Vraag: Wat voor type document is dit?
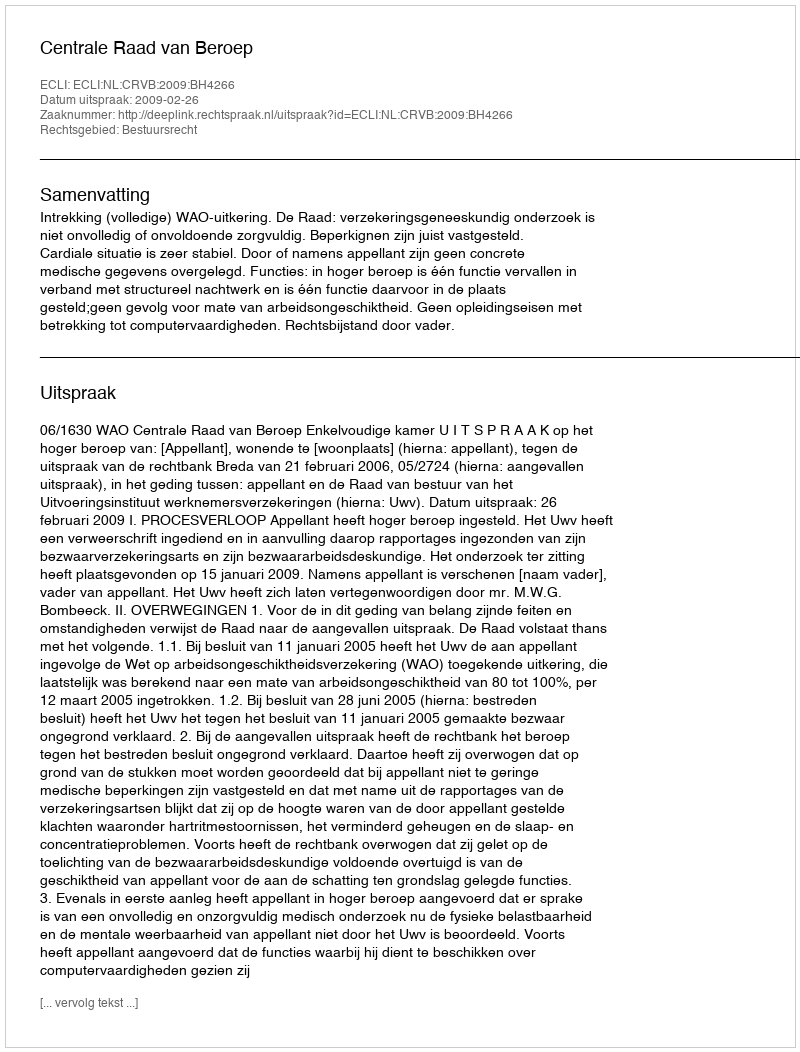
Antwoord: Uitspraak